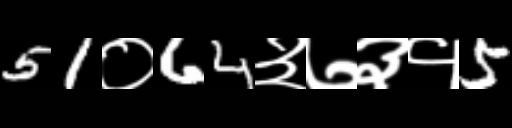
Text: 51०64३७३१5